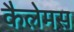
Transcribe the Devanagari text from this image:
कैलेमस